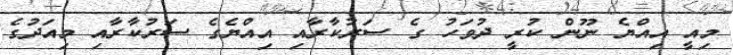
މިއީ އިއްޔެ ނޫން ކުރީ ދުވަހު ގެ ސަރުކާރާއި އިއްޔެގެ ސަރުކާރާއި މިއަދުގެ